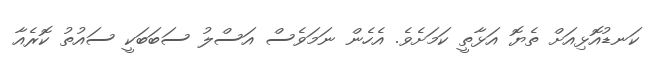
ކަނޑުއޮޅިއަށް ތެޔޮ އަޅާތީ ކަމަށެވެ. އެހެން ނަމަވެސް އަސްލު ސަބަބަކީ ސައުތު ކޮރެއާ